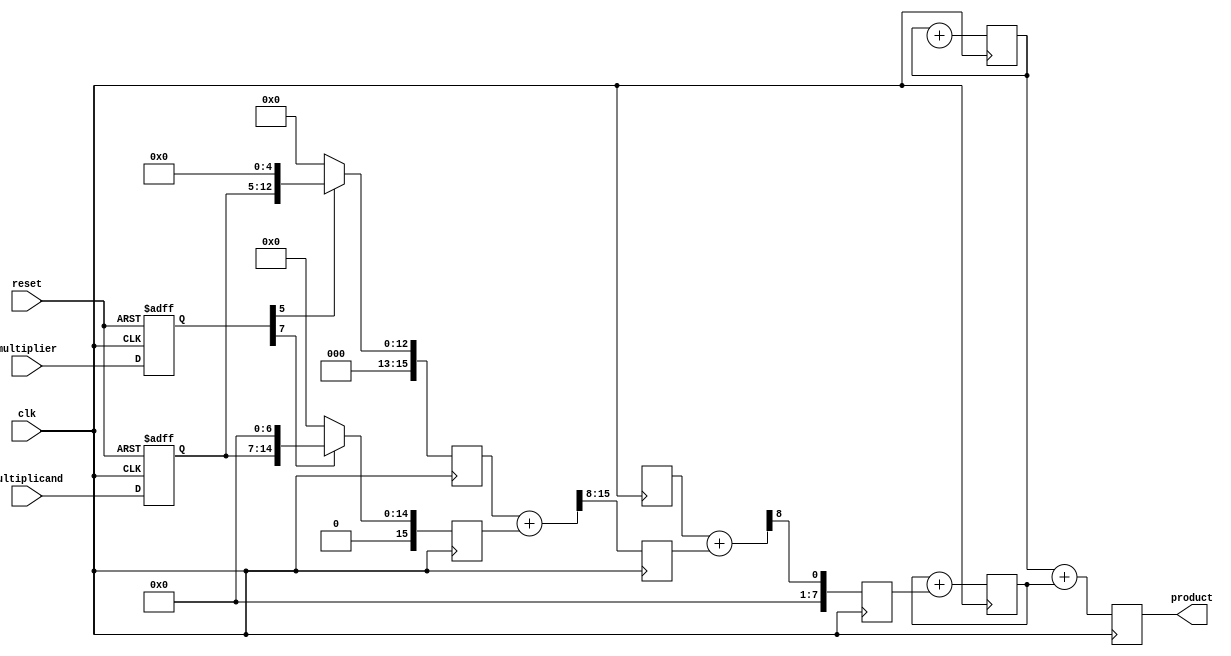
module pipelined_wallace_tree_multiplier #(parameter WIDTH = 8)(
    input clk,
    input reset,
    input [WIDTH-1:0] multiplicand,
    input [WIDTH-1:0] multiplier,
    output reg [2*WIDTH-1:0] product
);
    reg [WIDTH-1:0] A, B;
    reg [2*WIDTH-1:0] partial_products [0:WIDTH-1];
    reg [WIDTH-1:0] stage1_sum [0:WIDTH-1];
    reg [WIDTH-1:0] stage1_carry [0:WIDTH-1];
    reg [WIDTH-1:0] stage2_sum [0:WIDTH-1];
    reg [WIDTH-1:0] stage2_carry [0:WIDTH-1];
    
    reg [2*WIDTH-1:0] final_sum;
    reg [2*WIDTH-1:0] final_carry;

    // Stage 1: Register inputs
    always @(posedge clk or posedge reset) begin
        if (reset) begin
            A <= 0;
            B <= 0;
        end else begin
            A <= multiplicand;
            B <= multiplier;
        end
    end

    // Stage 2: Generate partial products
    integer i;
    always @(posedge clk) begin
        for (i = 0; i < WIDTH; i = i + 1) begin
            partial_products[i] <= (B[i]) ? (A << i) : 0; // ANDing each bit
        end
    end

    // Stage 3: Wallace tree reduction
    always @(posedge clk) begin
        // 1st stage of reduction: Combine 3 bits into 2 in Wallace tree manner
        // Please note handling of carries for real application might require more FLAs
        for (i = 0; i < WIDTH; i = i + 1) begin
            if (i < WIDTH - 1) begin
                {stage1_carry[i+1], stage1_sum[i]} <= partial_products[i] + partial_products[i + (WIDTH/3)];
            end
        end
    end

    // Stage 4: Further reduce (2nd stage)
    always @(posedge clk) begin
        for (i = 0; i < WIDTH; i = i + 1) begin
            if (i < WIDTH - 1) begin
                {stage2_carry[i+1], stage2_sum[i]} <= stage1_sum[i] + stage1_carry[i];
            end
        end
    end
    
    // Stage 5: Final addition and output register
    always @(posedge clk) begin
        final_sum <= 0; // Reset to 0
        final_carry <= 0; // Reset to 0
        for (i = 0; i < WIDTH; i = i + 1) begin
            final_sum <= final_sum + stage2_sum[i]; // Aggregate sum
            final_carry <= final_carry + stage2_carry[i]; // Aggregate carry
        end
        product <= final_sum + final_carry; // Combine final sum and carry
    end
    
endmodule